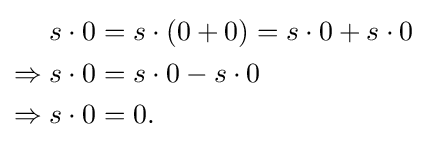
{\begin{aligned}s\cdot 0&=s\cdot (0+0)=s\cdot 0+s\cdot 0\\\Rightarrow s\cdot 0&=s\cdot 0-s\cdot 0\\\Rightarrow s\cdot 0&=0.\end{aligned}}